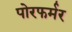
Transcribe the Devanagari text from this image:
पोरफर्मर